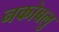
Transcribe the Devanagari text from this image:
नकोबलु